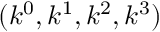
( k ^ { 0 } , k ^ { 1 } , k ^ { 2 } , k ^ { 3 } )